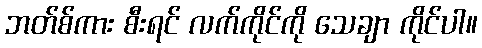
ဘတ်စ်ကား စီးရင် လက်ကိုင်ကို သေချာ ကိုင်ပါ။